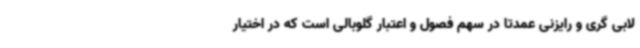
لابی گری و رایزنی عمدتا در سهم فصول و اعتبار گلوبالی است که در اختیار